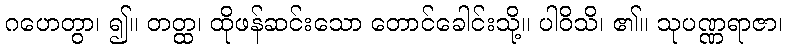
ဂဟေတွာ၊ ၍။ တတ္ထ၊ ထိုဖန်ဆင်းသော တောင်ခေါင်းသို့။ ပါဝိသိ၊ ၏။ သုပဏ္ဏရာဇာ၊